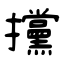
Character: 攩